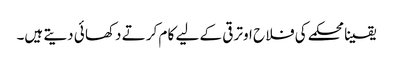
یقینا محکمے کی فلا ح اوتر قی کے لیے کا م کر تے دکھا ئی دیتے ہیں۔